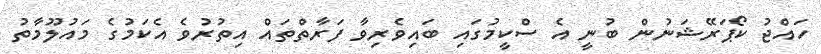
ހައްޖު ކޯޕަރޭޝަނުން ބުނީ އެ ސްކީމުގައި ބައިވެރިވާ ފަރާތްތައް އިތުރުވެ އެކަމުގެ މައުލޫމާތު